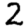
Digit: 2